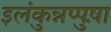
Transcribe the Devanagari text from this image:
इलंकुन्नप्पुष़ा